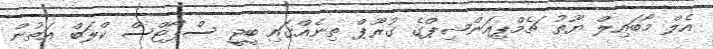
އެލް މޯބައިލް ޔޫތު ޗެމްޕިއަންޝިޕްގެ ގުރޫޕް ތިނެއްގައި ބީޖީ ސްޕޯޓްސް ކްލަބް އަތުން